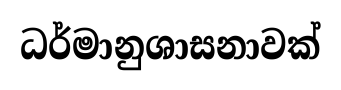
ධර්මානුශාසනාවක්